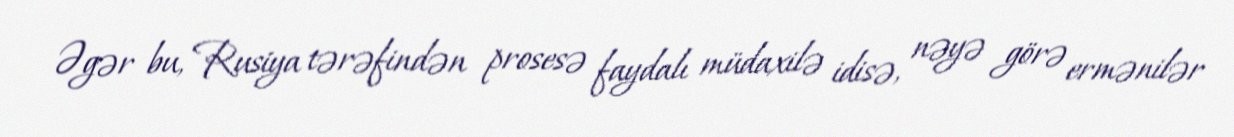
Əgər bu, Rusiya tərəfindən prosesə faydalı müdaxilə idisə, nəyə görə ermənilər